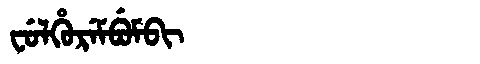
Manchu: ᠸᡠᠯᡥᡠᡵᡝᠮᠪᡠᠮᠪᡳ
Romanization: FULHUREMBUMBI